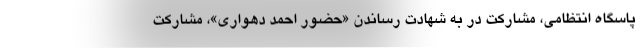
پاسگاه انتظامی، مشارکت در به شهادت رساندن «حضور احمد دهواری»، مشارکت